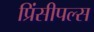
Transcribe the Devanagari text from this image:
प्रिंसीपल्स